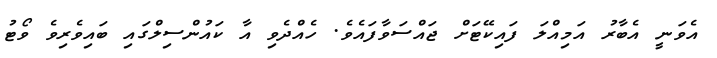
އެވަނީ އެބާރު އަމިއްލަ ފައިކޭޓަށް ޖައްސަވާފައެވެ. ހެއްދެވި އާ ކައުންސިލްގައި ބައިވެރިވެ ވޯޓު